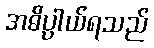
အဓိပ္ပာယ်ရသည်